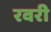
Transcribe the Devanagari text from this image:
रवरी